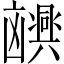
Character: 𫥮